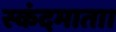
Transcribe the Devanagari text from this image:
स्कंदमाता।